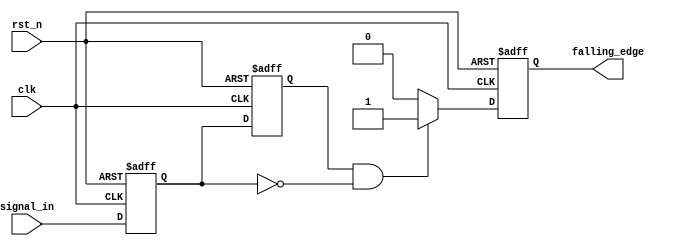
module falling_edge_detector (
    input wire clk,               // Clock signal
    input wire rst_n,             // Asynchronous reset (active low)
    input wire signal_in,         // Input signal to detect falling edge
    output reg falling_edge       // Output signal indicating falling edge
);

    // Memory blocks to store current and previous states
    reg current_state;            // Current state of the input signal
    reg previous_state;           // Previous state of the input signal

    // Always block triggered on the rising edge of the clock
    always @(posedge clk or negedge rst_n) begin
        if (!rst_n) begin
            // Asynchronous reset
            current_state <= 1'b0;
            previous_state <= 1'b0;
            falling_edge <= 1'b0;
        end else begin
            // Update previous state to current state
            previous_state <= current_state;
            // Update current state with the input signal
            current_state <= signal_in;

            // Falling edge detection logic
            if (previous_state == 1'b1 && current_state == 1'b0) begin
                falling_edge <= 1'b1; // Set falling edge high
            end else begin
                falling_edge <= 1'b0; // Reset falling edge
            end
        end
    end

endmodule